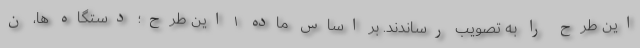
این طرح را به تصویب رساندند. بر اساس ماده ۱ این طرح؛ دستگاه ها، ن